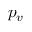
p _ { v }